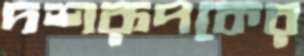
দশরূপকের